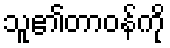
သူ၏တာဝန်ကို